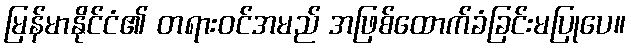
မြန်မာနိုင်ငံ၏ တရားဝင်အမည် အဖြစ်ထောက်ခံခြင်းမပြုပေ။